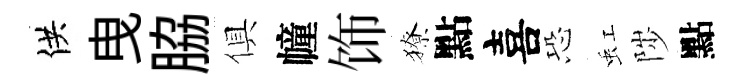
供曳脇俱幢饰獠點喜恐虹陟點